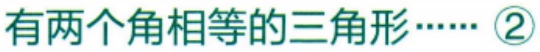
有两个角相等的三角形……\textcircled{2}